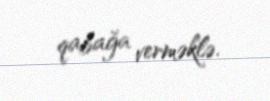
qabağa verməklə.